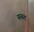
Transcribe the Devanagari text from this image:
ससद